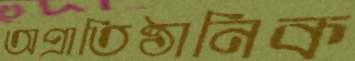
অপ্রাতিষ্ঠানিক